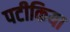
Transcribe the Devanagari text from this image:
पटीकिया